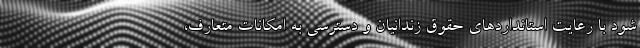
شود با رعایت استانداردهای حقوق زندانیان و دسترسی به امکانات متعارف،